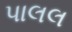
પાલલ